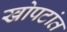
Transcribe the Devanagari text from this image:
खोपटांत